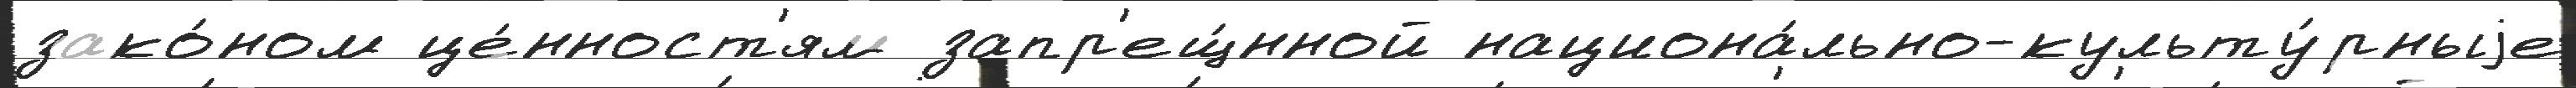
зако́ном це́нност'ям запр'ещ́нной национа́льно-культу́рныjе